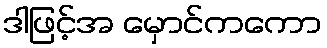
ဒါဖြင့်အ မှောင်ကကော